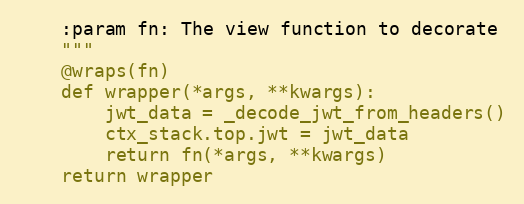
Language: Python
    :param fn: The view function to decorate
    """
    @wraps(fn)
    def wrapper(*args, **kwargs):
        jwt_data = _decode_jwt_from_headers()
        ctx_stack.top.jwt = jwt_data
        return fn(*args, **kwargs)
    return wrapper